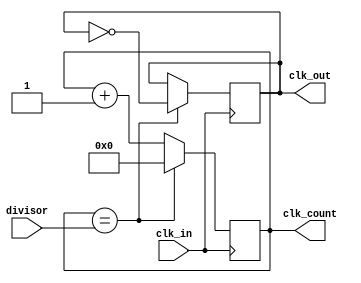
module CLK_Divider (
    input wire clk_in,
    input wire [31:0] divisor,
    output reg clk_out,
    output reg [31:0] clk_count
);
    initial begin
        clk_out = 1;
        clk_count = 0;
    end

    always @(posedge clk_in) begin
        clk_count <= clk_count + 1;
        if (clk_count == divisor) begin
            clk_count <= 0;
            clk_out <= ~clk_out;
        end
    end

endmodule